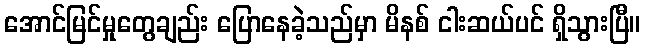
အောင်မြင်မှုတွေချည်း ပြောနေခဲ့သည်မှာ မိနစ် ငါးဆယ်ပင် ရှိသွားပြီ။